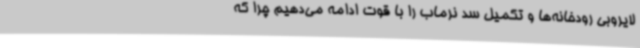
لایروبی رودخانه‌ها و تکمیل سد نرماب را با قوت ادامه می‌دهیم چرا که